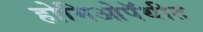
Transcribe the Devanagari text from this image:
होमिओपॅथीत